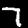
Digit: 7